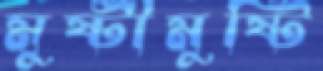
মুষ্টীমুষ্টি